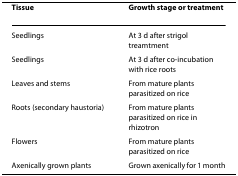
| Tissue | Growth stage or treatment |
 | --- | --- |
 | Seedlings | At 3 d after strigol treamtment |
 | Seedlings | At 3 d after co-incubation with rice roots |
 | Leaves and stems | From mature plants parasitized on rice |
 | Roots (secondary haustoria) | From mature plants parasitized on rice in rhizotron |
 | Flowers | From mature plants parasitized on rice |
 | Axenically grown plants | Grown axenically for 1 month |